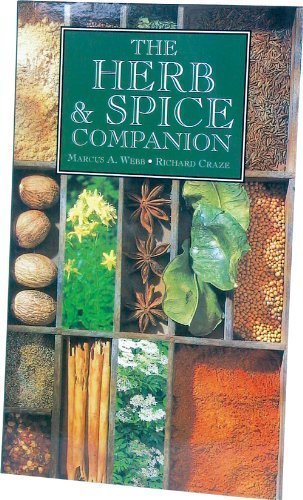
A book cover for The Herb and Spice Companion; Marcus Webb; Teen & Young Adult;